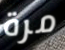
مرة